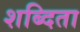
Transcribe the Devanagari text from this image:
शब्दिता